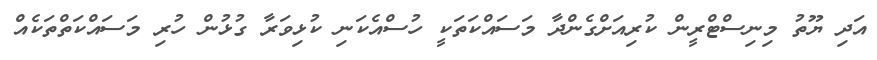
އަދި ޔޫތު މިނިސްޓްރީން ކުރިއަށްގެންދާ މަސައްކަތަކީ ހުސްއެކަނި ކުޅިވަރާ ގުޅުން ހުރި މަސައްކަތްތަކެއް